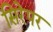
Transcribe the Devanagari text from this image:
सिरेपर